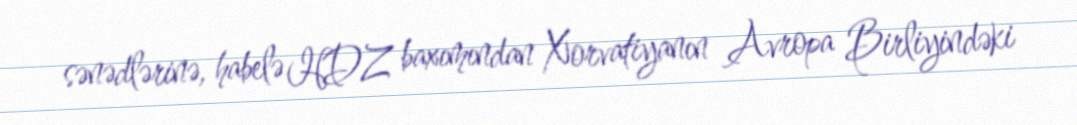
sənədlərinə, habelə HDZ baxımından Xorvatiyanın Avropa Birliyindəki